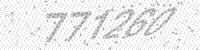
Solution: 771260